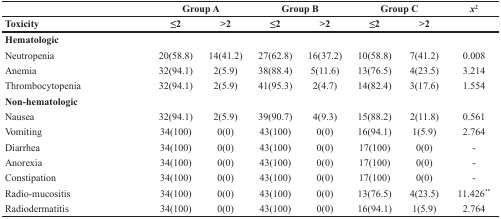
<table><thead><tr><td></td><td colspan="2"><b>Group A</b></td><td colspan="2"><b>Group B</b></td><td colspan="2"><b>Group C</b></td><td><b><i>x</i><sup>2</sup></b></td></tr><tr><td><b>Toxicity</b></td><td><b>≤2</b></td><td><b>&gt;2</b></td><td><b>≤2</b></td><td><b>&gt;2</b></td><td><b>≤2</b></td><td><b>&gt;2</b></td><td></td></tr></thead><tbody><tr><td><b>Hematologic</b></td><td></td><td></td><td></td><td></td><td></td><td></td><td></td></tr><tr><td>Neutropenia</td><td>20(58.8)</td><td>14(41.2)</td><td>27(62.8)</td><td>16(37.2)</td><td>10(58.8)</td><td>7(41.2)</td><td>0.008</td></tr><tr><td>Anemia</td><td>32(94.1)</td><td>2(5.9)</td><td>38(88.4)</td><td>5(11.6)</td><td>13(76.5)</td><td>4(23.5)</td><td>3.214</td></tr><tr><td>Thrombocytopenia</td><td>32(94.1)</td><td>2(5.9)</td><td>41(95.3)</td><td>2(4.7)</td><td>14(82.4)</td><td>3(17.6)</td><td>1.554</td></tr><tr><td><b>Non-hematologic</b></td><td></td><td></td><td></td><td></td><td></td><td></td><td></td></tr><tr><td>Nausea</td><td>32(94.1)</td><td>2(5.9)</td><td>39(90.7)</td><td>4(9.3)</td><td>15(88.2)</td><td>2(11.8)</td><td>0.561</td></tr><tr><td>Vomiting</td><td>34(100)</td><td>0(0)</td><td>43(100)</td><td>0(0)</td><td>16(94.1)</td><td>1(5.9)</td><td>2.764</td></tr><tr><td>Diarrhea</td><td>34(100)</td><td>0(0)</td><td>43(100)</td><td>0(0)</td><td>17(100)</td><td>0(0)</td><td>-</td></tr><tr><td>Anorexia</td><td>34(100)</td><td>0(0)</td><td>43(100)</td><td>0(0)</td><td>17(100)</td><td>0(0)</td><td>-</td></tr><tr><td>Constipation</td><td>34(100)</td><td>0(0)</td><td>43(100)</td><td>0(0)</td><td>17(100)</td><td>0(0)</td><td>-</td></tr><tr><td>Radio-mucositis</td><td>34(100)</td><td>0(0)</td><td>43(100)</td><td>0(0)</td><td>13(76.5)</td><td>4(23.5)</td><td>11.426<sup>*</sup></td></tr><tr><td>Radiodermatitis</td><td>34(100)</td><td>0(0)</td><td>43(100)</td><td>0(0)</td><td>16(94.1)</td><td>1(5.9)</td><td>2.764</td></tr></tbody></table>